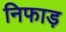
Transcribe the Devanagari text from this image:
निफाड़